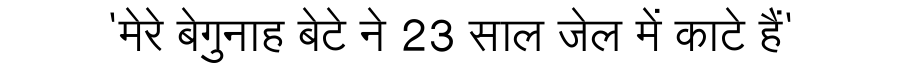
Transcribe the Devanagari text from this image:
'मेरे बेगुनाह बेटे ने 23 साल जेल में काटे हैं'